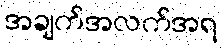
အချက်အလက်အရ